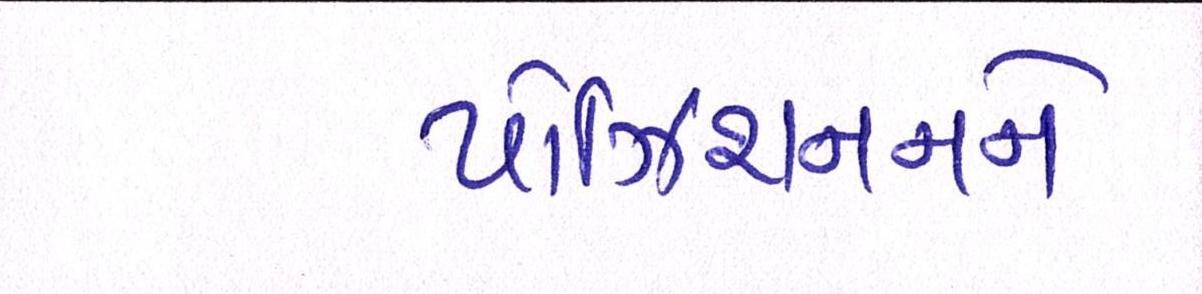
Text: પોઝિશનનને